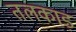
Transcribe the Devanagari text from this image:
तलकाड़